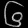
Digit: ၆